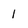
Character: 1